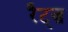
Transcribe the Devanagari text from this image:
रैट्ज़